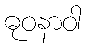
ဓုဝနာဝါ